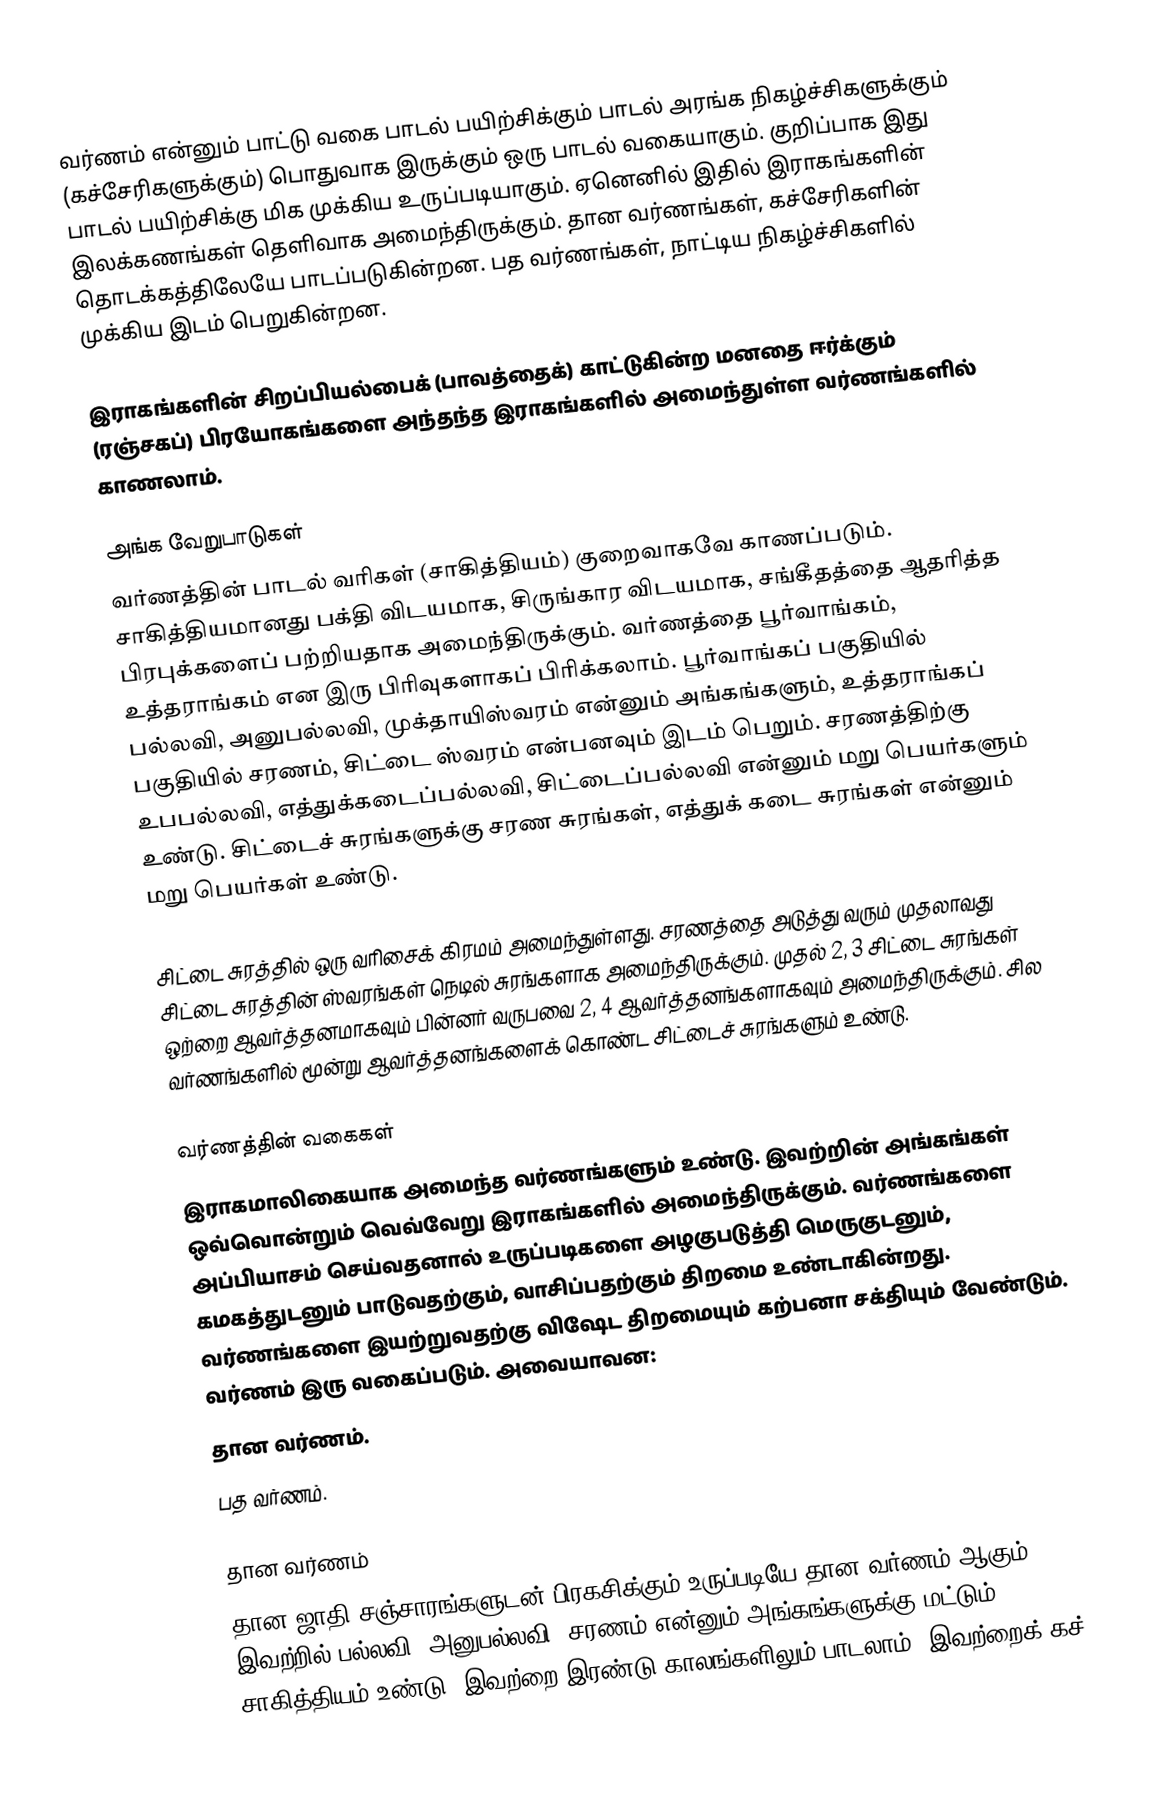
வர்ணம் என்னும் பாட்டு வகை பாடல் பயிற்சிக்கும் பாடல் அரங்க நிகழ்ச்சிகளுக்கும் (கச்சேரிகளுக்கும்) பொதுவாக இருக்கும் ஒரு பாடல் வகையாகும். குறிப்பாக இது பாடல் பயிற்சிக்கு மிக முக்கிய உருப்படியாகும். ஏனெனில் இதில் இராகங்களின் இலக்கணங்கள் தெளிவாக அமைந்திருக்கும். தான வர்ணங்கள், கச்சேரிகளின் தொடக்கத்திலேயே பாடப்படுகின்றன. பத வர்ணங்கள், நாட்டிய நிகழ்ச்சிகளில் முக்கிய இடம் பெறுகின்றன.

இராகங்களின் சிறப்பியல்பைக் (பாவத்தைக்) காட்டுகின்ற மனதை ஈர்க்கும் (ரஞ்சகப்) பிரயோகங்களை அந்தந்த இராகங்களில் அமைந்துள்ள வர்ணங்களில் காணலாம்.

அங்க வேறுபாடுகள்
வர்ணத்தின் பாடல் வரிகள் (சாகித்தியம்) குறைவாகவே காணப்படும். சாகித்தியமானது பக்தி விடயமாக, சிருங்கார விடயமாக, சங்கீதத்தை ஆதரித்த பிரபுக்களைப் பற்றியதாக அமைந்திருக்கும். வர்ணத்தை பூர்வாங்கம், உத்தராங்கம் என இரு பிரிவுகளாகப் பிரிக்கலாம். பூர்வாங்கப் பகுதியில் பல்லவி, அனுபல்லவி, முக்தாயிஸ்வரம் என்னும் அங்கங்களும், உத்தராங்கப் பகுதியில் சரணம், சிட்டை ஸ்வரம் என்பனவும் இடம் பெறும். சரணத்திற்கு உபபல்லவி, எத்துக்கடைப்பல்லவி, சிட்டைப்பல்லவி என்னும் மறு பெயர்களும் உண்டு. சிட்டைச் சுரங்களுக்கு சரண சுரங்கள், எத்துக் கடை சுரங்கள் என்னும் மறு பெயர்கள் உண்டு.

சிட்டை சுரத்தில் ஒரு வரிசைக் கிரமம் அமைந்துள்ளது. சரணத்தை அடுத்து வரும் முதலாவது சிட்டை சுரத்தின் ஸ்வரங்கள் நெடில் சுரங்களாக அமைந்திருக்கும். முதல் 2, 3 சிட்டை சுரங்கள் ஒற்றை ஆவர்த்தனமாகவும் பின்னர் வருபவை 2, 4 ஆவர்த்தனங்களாகவும் அமைந்திருக்கும். சில வர்ணங்களில் மூன்று ஆவர்த்தனங்களைக் கொண்ட சிட்டைச் சுரங்களும் உண்டு.

வர்ணத்தின் வகைகள்
இராகமாலிகையாக அமைந்த வர்ணங்களும் உண்டு. இவற்றின் அங்கங்கள் ஒவ்வொன்றும் வெவ்வேறு இராகங்களில் அமைந்திருக்கும். வர்ணங்களை அப்பியாசம் செய்வதனால் உருப்படிகளை அழகுபடுத்தி மெருகுடனும், கமகத்துடனும் பாடுவதற்கும், வாசிப்பதற்கும் திறமை உண்டாகின்றது. வர்ணங்களை இயற்றுவதற்கு விஷேட திறமையும் கற்பனா சக்தியும் வேண்டும். வர்ணம் இரு வகைப்படும். அவையாவன:
 தான வர்ணம்.
 பத வர்ணம்.

தான வர்ணம்
தான ஜாதி சஞ்சாரங்களுடன் பிரகசிக்கும் உருப்படியே தான வர்ணம் ஆகும். இவற்றில் பல்லவி, அனுபல்லவி, சரணம் என்னும் அங்கங்களுக்கு மட்டும் சாகித்தியம் உண்டு. இவற்றை இரண்டு காலங்களிலும் பாடலாம். இவற்றைக் கச்